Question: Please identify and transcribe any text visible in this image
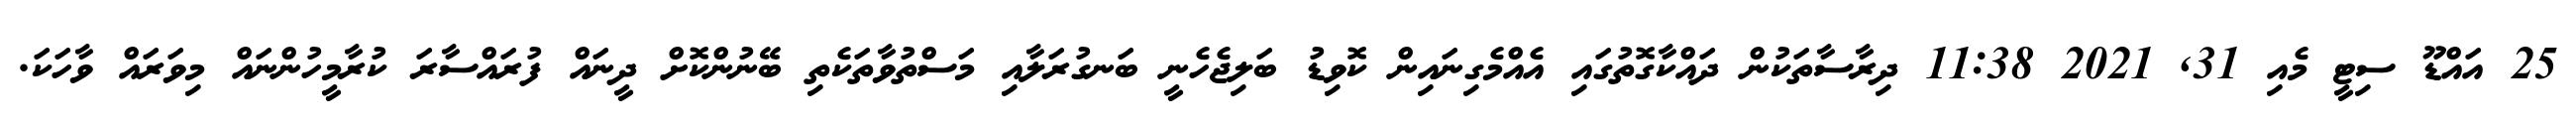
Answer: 25 އައްޑޫ ސިޓީ މެއި 31, 2021 11:38 ދިރާސާތަކުން ދައްކާގޮތުގައި އެއްމެގިނައިން ކޮވިޑު ބަލިޖެހެނީ ބަނގުރަލާއި މަސްތުވާތަކެތި ބޭނުންކޮށް ދީނައް ފުރައްސާރަ ކުރާމީހުންނައް މިވަރައް ވާހަކަ.